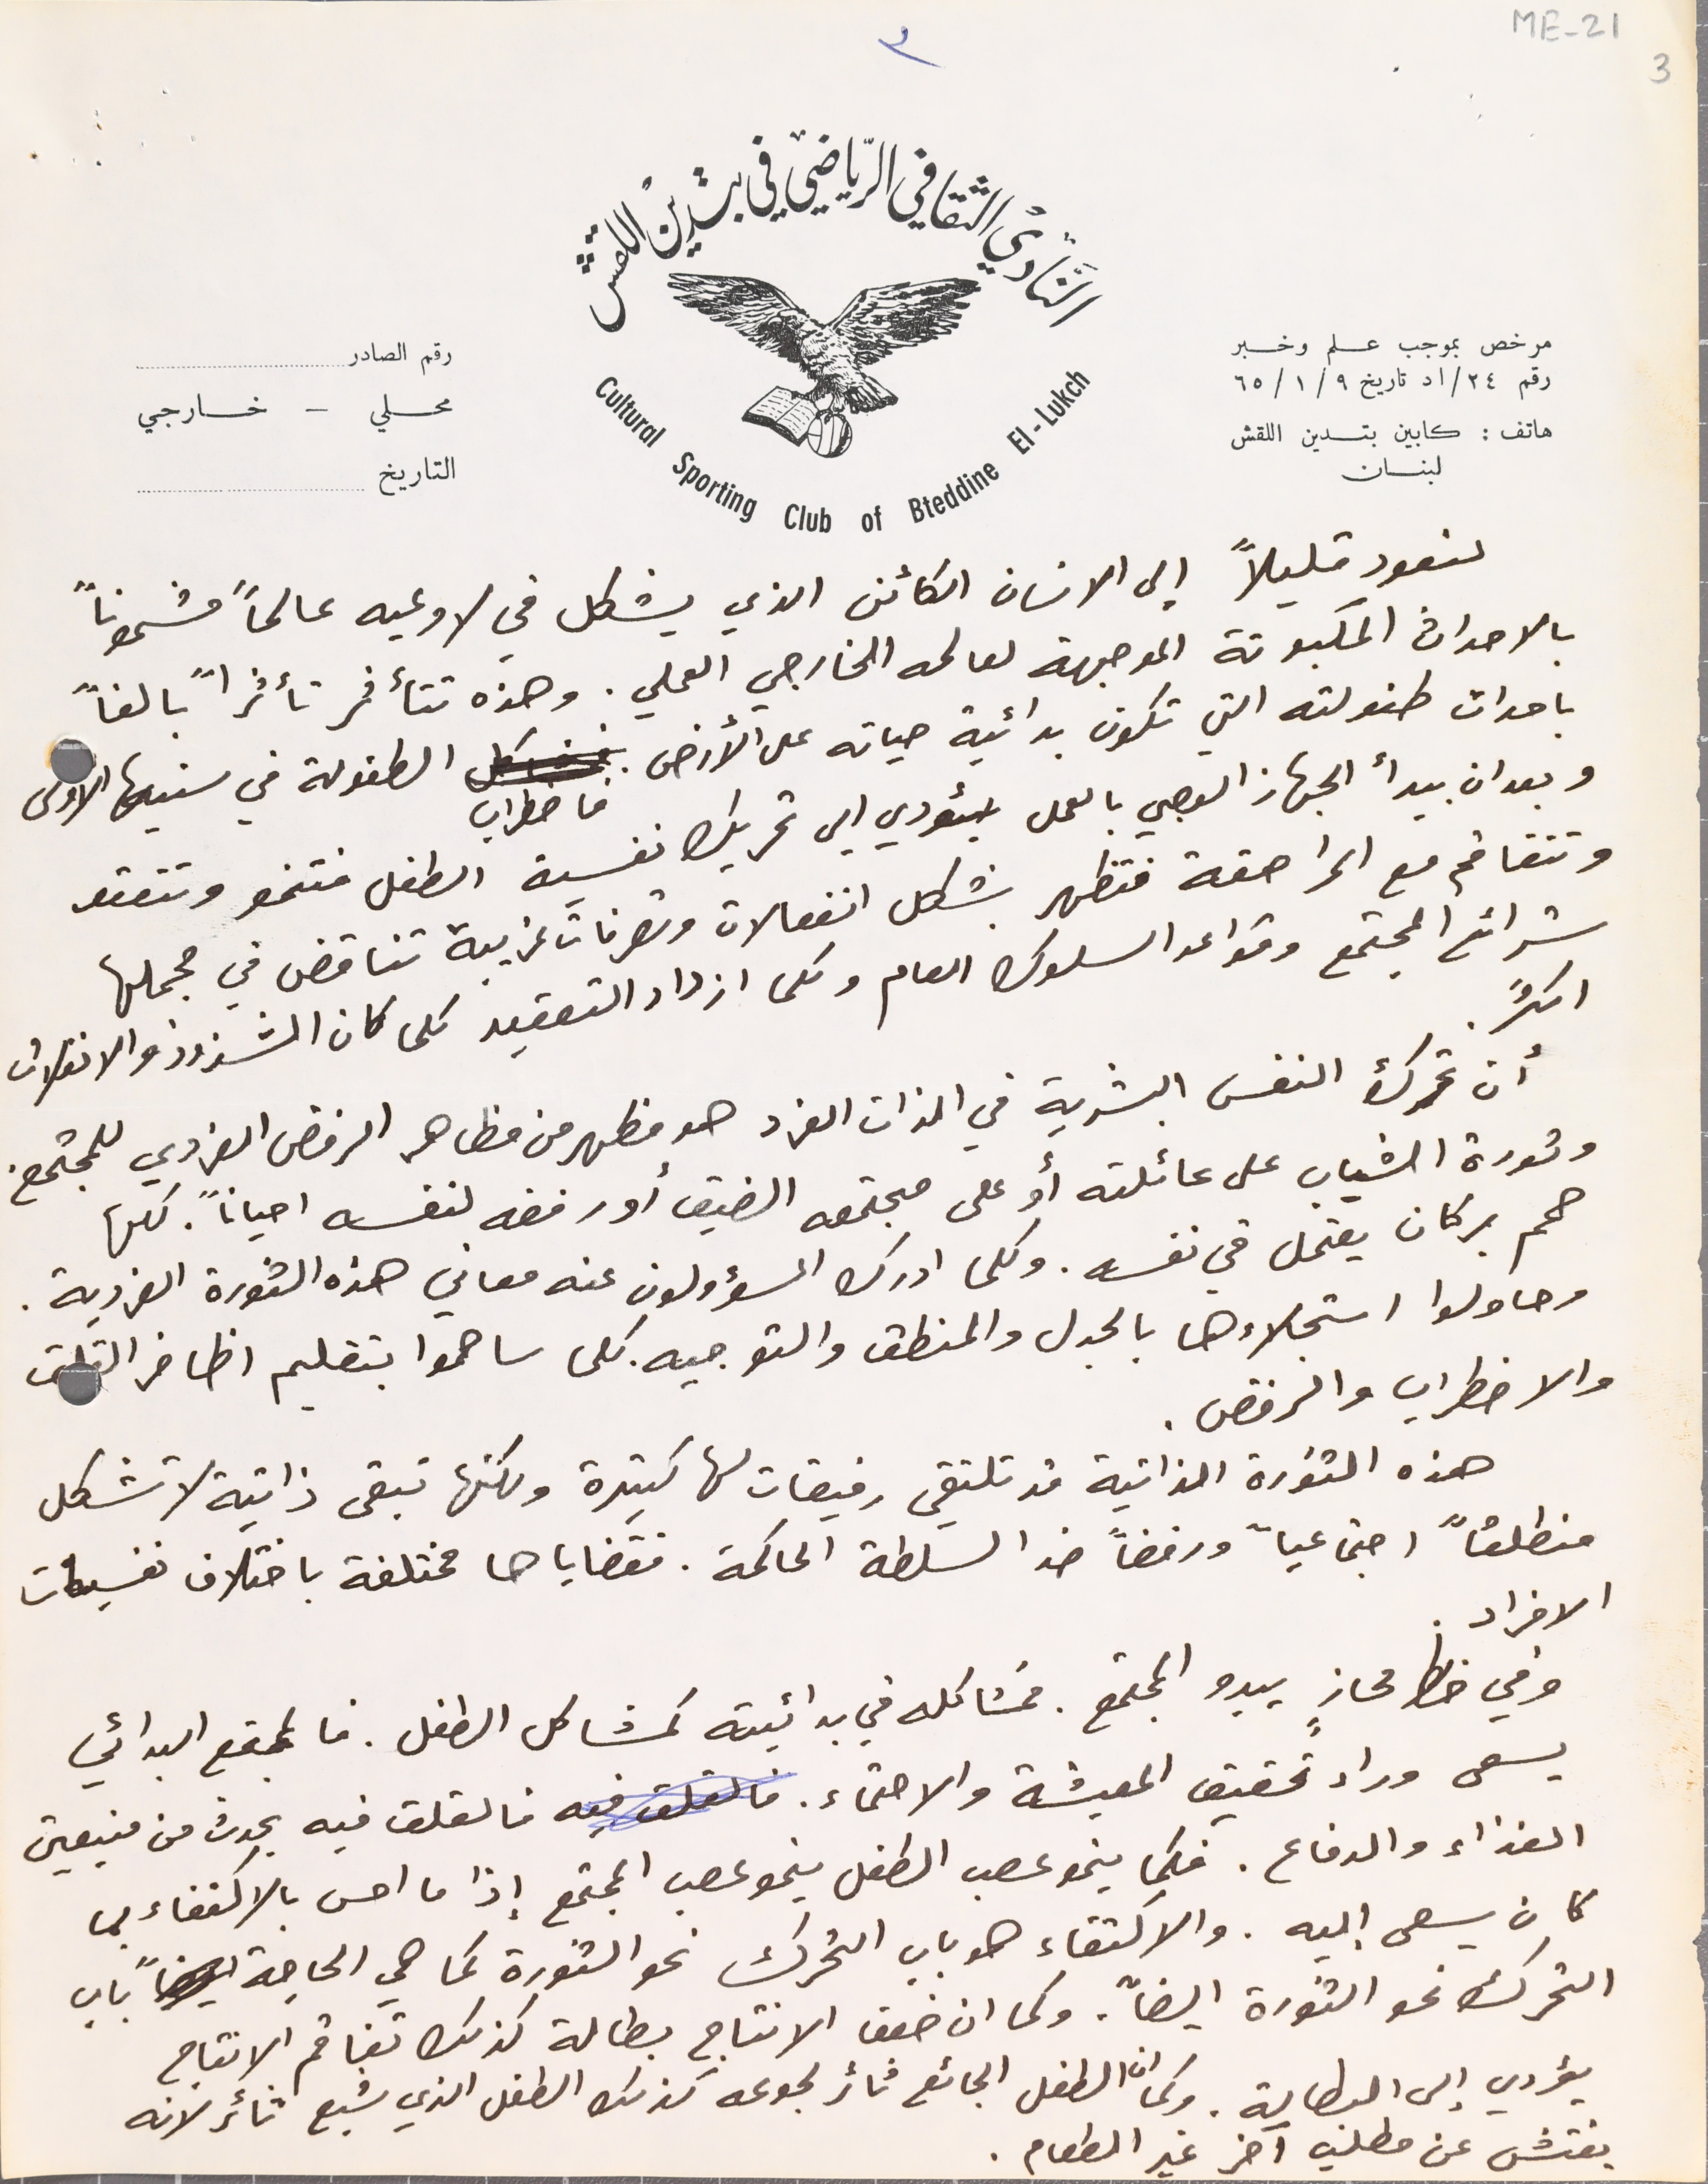
لنعود قليلاً إلي الانسان الكائن الذي يشكل في لا وعيه عالماً مشحوناً
بالاحداث المكبوتة الموجهة لعالمه الخارجي العملي. وهذه تتأثر تأثراً بالغاً
باحداث طفولته التي تكون بدائية حياته على الأرض فاضطراب الطفولة في سنيها الاولى
وبعد ان بيدأ الجهاز العصبي بالعمل سيؤدي الى تحريك نفسية الطفل فتنمو وتتعقد
وتتفاقم مع المراهقة فتظهر بشكل انفعالات وتصرفات غريبة تناقض في مجملها
شرائع المجتمع وقواعد السلوك العام وكلما ازداد التعقيد كلما كان الشذوذ والانفلات
 أن تحرك النفس البشرية في الذات الفرد هو مظهر من مظاهر الرفض الفردي للمجتمع.
 وثورة الشباب على عائلته أو على مجتمعه الضيق أو رفضه لنفسه احياناً . كلها
وحاولوا استجلاءها بالجدل والمنطق والتوجيه. كلما ساهموا بتقليم اظافر القلق
 والاضطراب والرفص.
هذه الثورة الذاتية قد تلتقي رفيقات لها كثيرة ولكنها تبقى ذاتية لا تشكل
منطلقاً اجتماعياً ورفضاً ضد السلطة الحاكمة. فقضاياها مختلفة باختلاف نفسيات
 وفي خط محازٍ يبدو المجتمع. فمشاكله في بدائيته كمشاكل الطفل. فالمجتمع البدائي
الافراد.
يسعى وراء تحقيق المعيشة والاحتماء. فالقلق فيه يحدث من منبعين
الغذاء والدفاع. فكما ينمو عصب الطفل ينمو عصب المجتمع إذا ما احس بالاكتفاء مما
كان يسعى اليه. والاكتفاء هو باب التحرك نحو الثورة كما هي الحاجة باب
التحرك نحو الثورة ايضاً. وكما ان ضعف الانتاج بطالة كذلك تفاقم الانتاج
يؤدي الى البطالة وكما ان الطفل الجائع تأثر لجوعه كذلك الطفل الذي شبع تأثر لانه
يفتش عن مطلب آخر غير الطعام.
اكثر
حمم بركان يعتمل في نفسه . وكلما ادرك المسؤولون عنه معاني هذه الثورة الفردية.
النَادي الثقافي الرياضي في بتدين اللقش
مرخص بموجب علم وخبر رقم ٢٤/اد تاريخ ٩/ ١/ ٦٥
هاتف : كابين بتدين اللقش لبنان
ME- 21 3
رقم الصادر
محلي – خارجي

التاريخ
٣